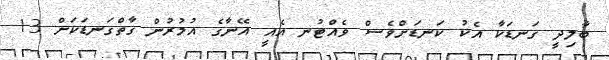
ބާލިދީ ގަނޑަކާ އެކު ކަނޑަށްވެސް ވެއްޓުނ އެއީ އޭނާގެ އުމުރުން ގާތްގަނޑަކަށް 13